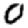
Digit: 0